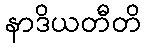
နာဒိယတီတိ